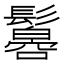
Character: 𩯠